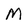
Character: M